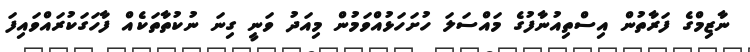
ނާޒިމްގެ ފަރާތުން އިސްތިއުނާފުގެ މައްސަލަ ހުށަހަޅުއްވަމުން މިއަދު ވަނީ ގިނަ ނުކުތާތަކެއް ފާހަގަކުރައްވައިފަ